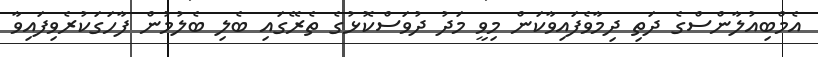
އެމްބިއުލާންސްގެ ދަތި ދިމާވެފައިވާކަން މިވީ މަދު ދުވަސްކޮޅުގެ ތެރޭގައި ބެލި ބެލުމުން ފާހަގަކުރެވިފައިވާ